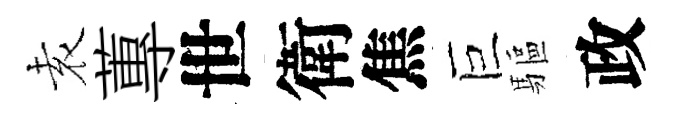
𡊮蓴世衛焦巨驅政